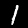
Digit: 1